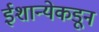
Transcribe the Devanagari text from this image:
ईशान्येकडून